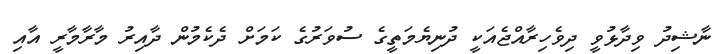
ނާޝިދު ވިދާޅުވީ ދިވެހިރާއްޖެއަކީ ދުނިޔެމަތީގެ ސުވަރުގެ ކަމަށް ދެކެމުން ދާއިރު މާރާމާރީ އާއި